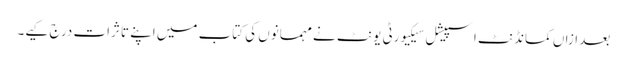
بعد ازاں کمانڈنٹ اسپیشل سیکیورٹی یونٹ نے مہمانوں کی کتاب میں اپنے تاثرات درج کیے۔